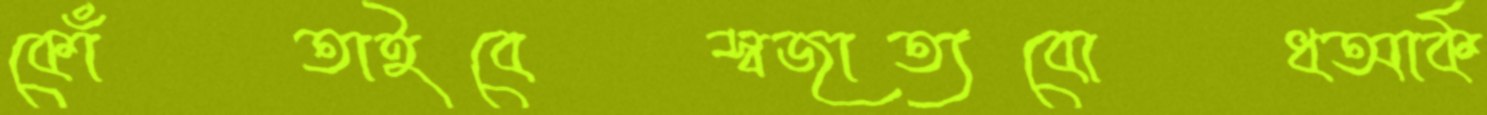
কোঁতাইবেস্বজাত্যবোধআর্ক